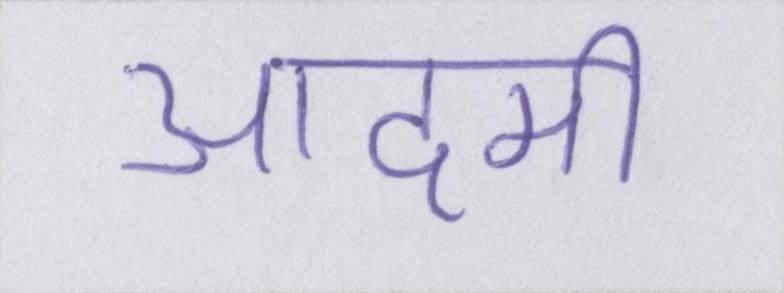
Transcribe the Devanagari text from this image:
आदमी